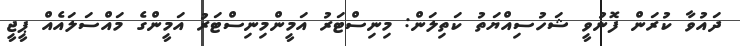
ދައުވާ ކުރަން ފޮނުވީ ޝަހުސިއްޔަތު ކަތިލަން: މިނިސްޓަރު އަމީންމިނިސްޓަރު އަމީންގެ މައްސަލައެއް ޕީޖީ